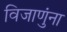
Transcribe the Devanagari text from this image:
विजाणुंना